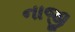
નાજી